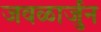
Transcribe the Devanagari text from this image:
जवळार्जुन